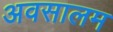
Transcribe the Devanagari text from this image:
अवसालम